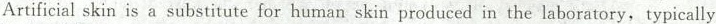
Artificial skin is a substitute for human skin produced in the laboratory,typically